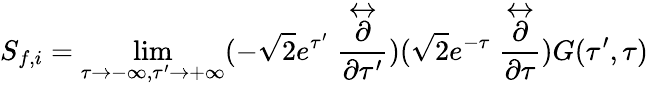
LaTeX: S_{f,i}=\operatorname*{lim}_{\tau\rightarrow-\infty,\tau^{\prime}\rightarrow+\infty}(-\sqrt{2}e^{\tau^{\prime}}\stackrel{\leftrightarrow}{\frac{\partial}{\partial\tau^{\prime}}})(\sqrt{2}e^{-\tau}\stackrel{\leftrightarrow}{\frac{\partial}{\partial\tau}})G(\tau^{\prime},\tau)